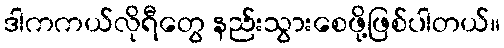
ဒါကကယ်လိုရီတွေ နည်းသွားစေဖို့ဖြစ်ပါတယ်။